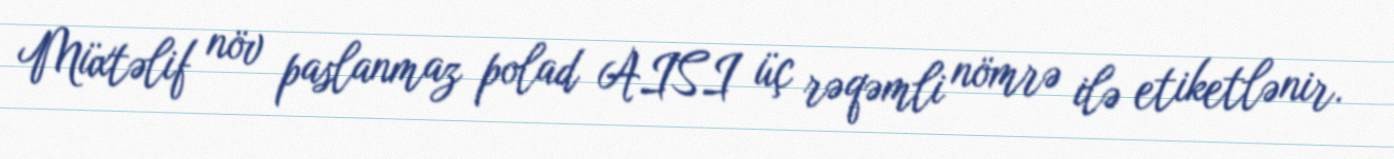
Müxtəlif növ paslanmaz polad AISI üç rəqəmli nömrə ilə etiketlənir.